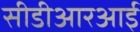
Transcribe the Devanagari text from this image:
सीडीआरआई